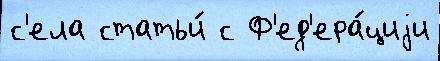
с'ела статьи́ с Ф'ед'ера́циjи